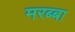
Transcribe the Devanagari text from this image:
मरब्बा